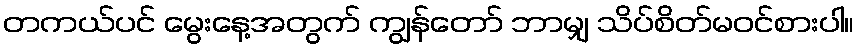
တကယ်ပင် မွေးနေ့အတွက် ကျွန်တော် ဘာမျှ သိပ်စိတ်မဝင်စားပါ။